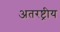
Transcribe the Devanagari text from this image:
अतरष्ट्रीय